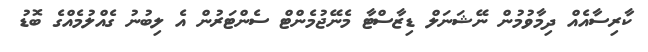
ކާރިސާއެއް ދިމާވުމުން ނޭޝަނަލް ޑިޒާސްޓާ މެނޭޖުމެންޓް ސެންޓަރުން އެ ލިބުނު ގެއްލުމެއްގެ ބޮޑު